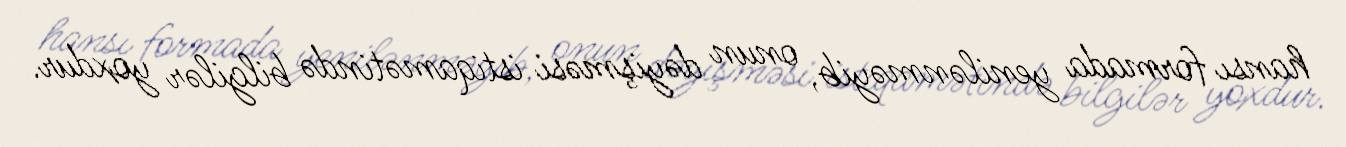
hansı formada yenilənməyib, onun dəyişməsi istiqamətində bilgilər yoxdur.